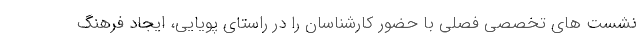
نشست های تخصصی فصلی با حضور کارشناسان را در راستای پویایی، ایجاد فرهنگ